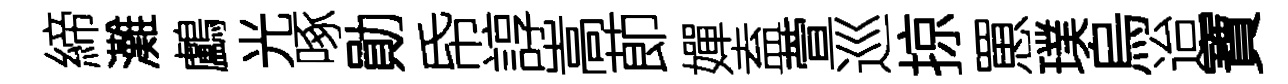
締灘鸕光啄勛帋諄嵩莭嬋盍萱巡掠罳璞烏迨寶